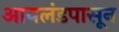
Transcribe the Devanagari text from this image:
आयलंडपासून